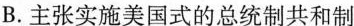
B.主张实施美国式的总统制共和制